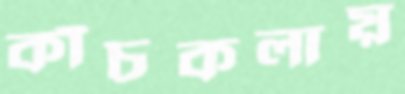
কাঁচকলায়